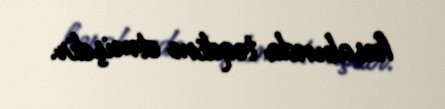
hesabında təqdim etmişdir.